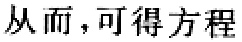
从而，可得方程